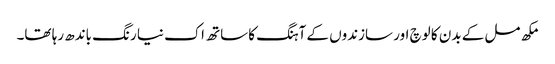
مکھ مل کے بدن کا لوچ اور سازندوں کے آہنگ کا ساتھ اک نیا رنگ باندھ رہا تھا۔